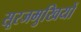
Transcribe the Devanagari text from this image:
सूरजमुखियों